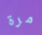
مرة